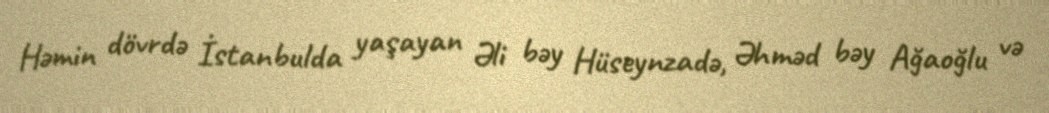
Həmin dövrdə İstanbulda yaşayan Əli bəy Hüseynzadə, Əhməd bəy Ağaoğlu və